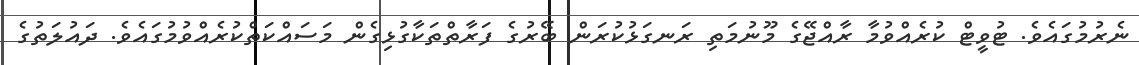
ނެރުމުގައެވެ. ޓުވީޓް ކުރެއްވުމާ ރާއްޖޭގެ މޫނުމަތި ރަނގަޅުކުރަން ބޭރުގެ ފަރާތްތަކާގުޅިގެން މަސައްކަތްކުރެއްވުމުގައެވެ. ދައުލަތުގެ